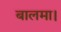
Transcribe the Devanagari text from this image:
बालमा।